Leaving Certificate Examination (including Day School Certificate (Higher) General paper), 1938
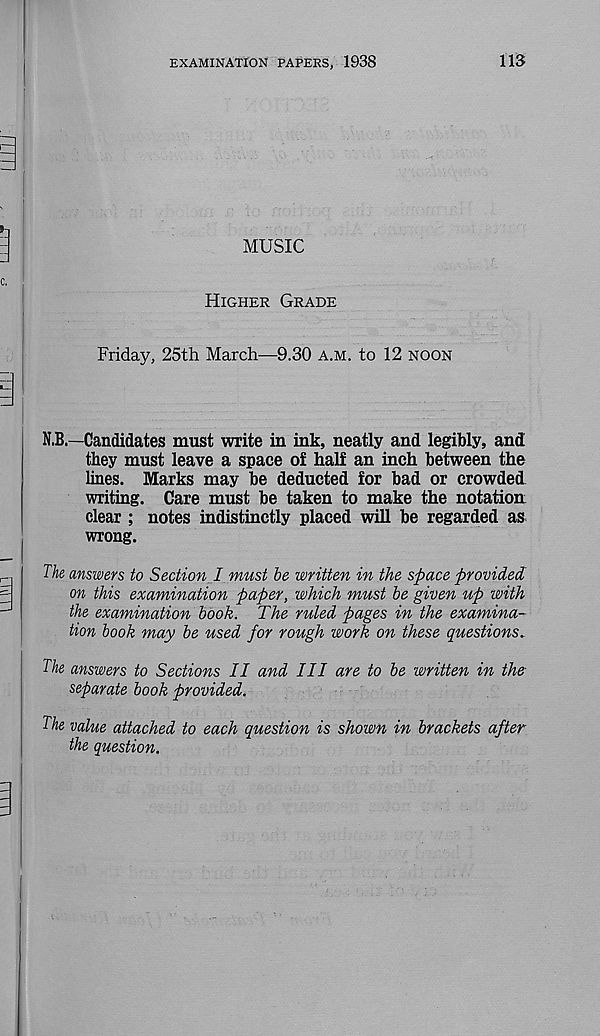
EXAMINATION PAPERS, 1938
113
MUSIC
Higher Grade
Friday, 25th March—9.30 a.m. to 12 noon
N.B.—Candidates must write in ink, neatly and legibly, and
they must leave a space of half an inch between the
lines. Marks may be deducted for bad or crowded
writing. Care must be taken to make the notation
clear ; notes indistinctly placed will be regarded as
wrong.
The answers to Section I must be written in the space provided
on this examination paper, which must be given up with
the examination book. The ruled pages in the examina-
tion look may be used for rough work on these questions.
The answers to Sections II and III are to be written in the
separate book provided.
The value attached to each question is shown in brackets after
the question.